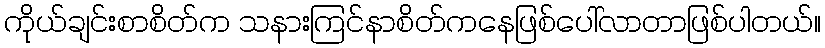
ကိုယ်ချင်းစာစိတ်က သနားကြင်နာစိတ်ကနေဖြစ်ပေါ်လာတာဖြစ်ပါတယ်။